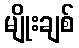
မျိုးချစ်